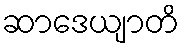
ဆာဒေယျာတိ